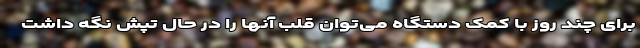
برای چند روز با کمک دستگاه می‌توان قلب آنها را در حال تپش نگه داشت